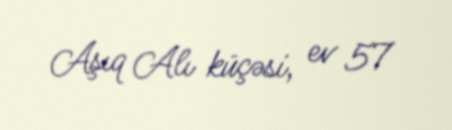
Aşıq Alı küçəsi, ev 57